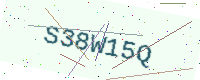
Text: S38W15Q